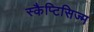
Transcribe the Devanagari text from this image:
स्कैप्टिसिज्म